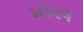
મૉરલ